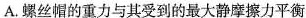
A.螺丝帽的重力与其受到的最大静摩擦力平衡